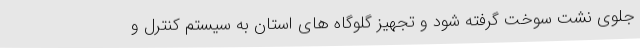
جلوی نشت سوخت گرفته شود و تجهیز گلوگاه های استان به سیستم کنترل و